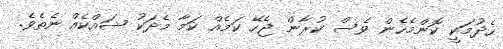
ހެދުމަކީ ކޮންމެހެން ވެސް ކުރާން ޖެހޭ ކަމެއް ކަމާ މެދަކު ޝައްކެއް ނެތެވެ.